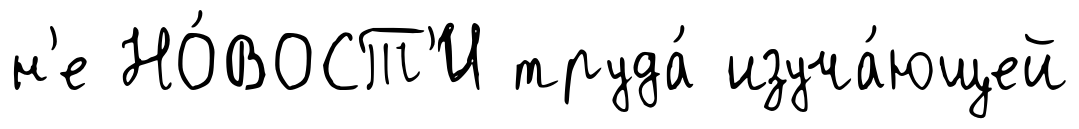
н'е НО́ВОСТ'И труда́ изуча́ющей